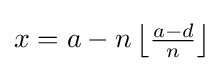
{\textstyle x=a-n\left\lfloor {\frac {a-d}{n}}\right\rfloor }